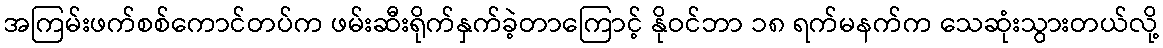
အကြမ်းဖက်စစ်ကောင်တပ်က ဖမ်းဆီးရိုက်နှက်ခဲ့တာကြောင့် နိုဝင်ဘာ ၁၈ ရက်မနက်က သေဆုံးသွားတယ်လို့